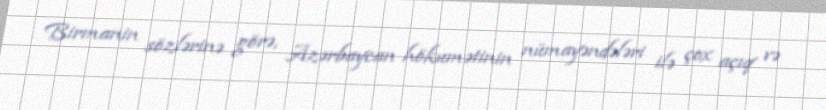
Birmanin sözlərinə görə, Azərbaycan hökumətinin nümayəndələri ilə çox açıq və